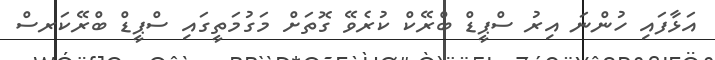
އަޅާފައި ހުންނަ އިރު ސްޕީޑް ބްރޭކް ކުރެވޭ ގޮތަށް މަގުމަތީގައި ސްޕީޑް ބްރޭކަރސް